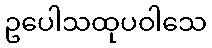
ဥပေါသထုပဝါသေ